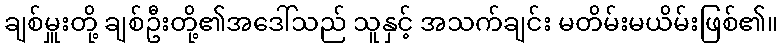
ချစ်မှူးတို့ ချစ်ဦးတို့၏အဒေါ်သည် သူနှင့် အသက်ချင်း မတိမ်းမယိမ်းဖြစ်၏။